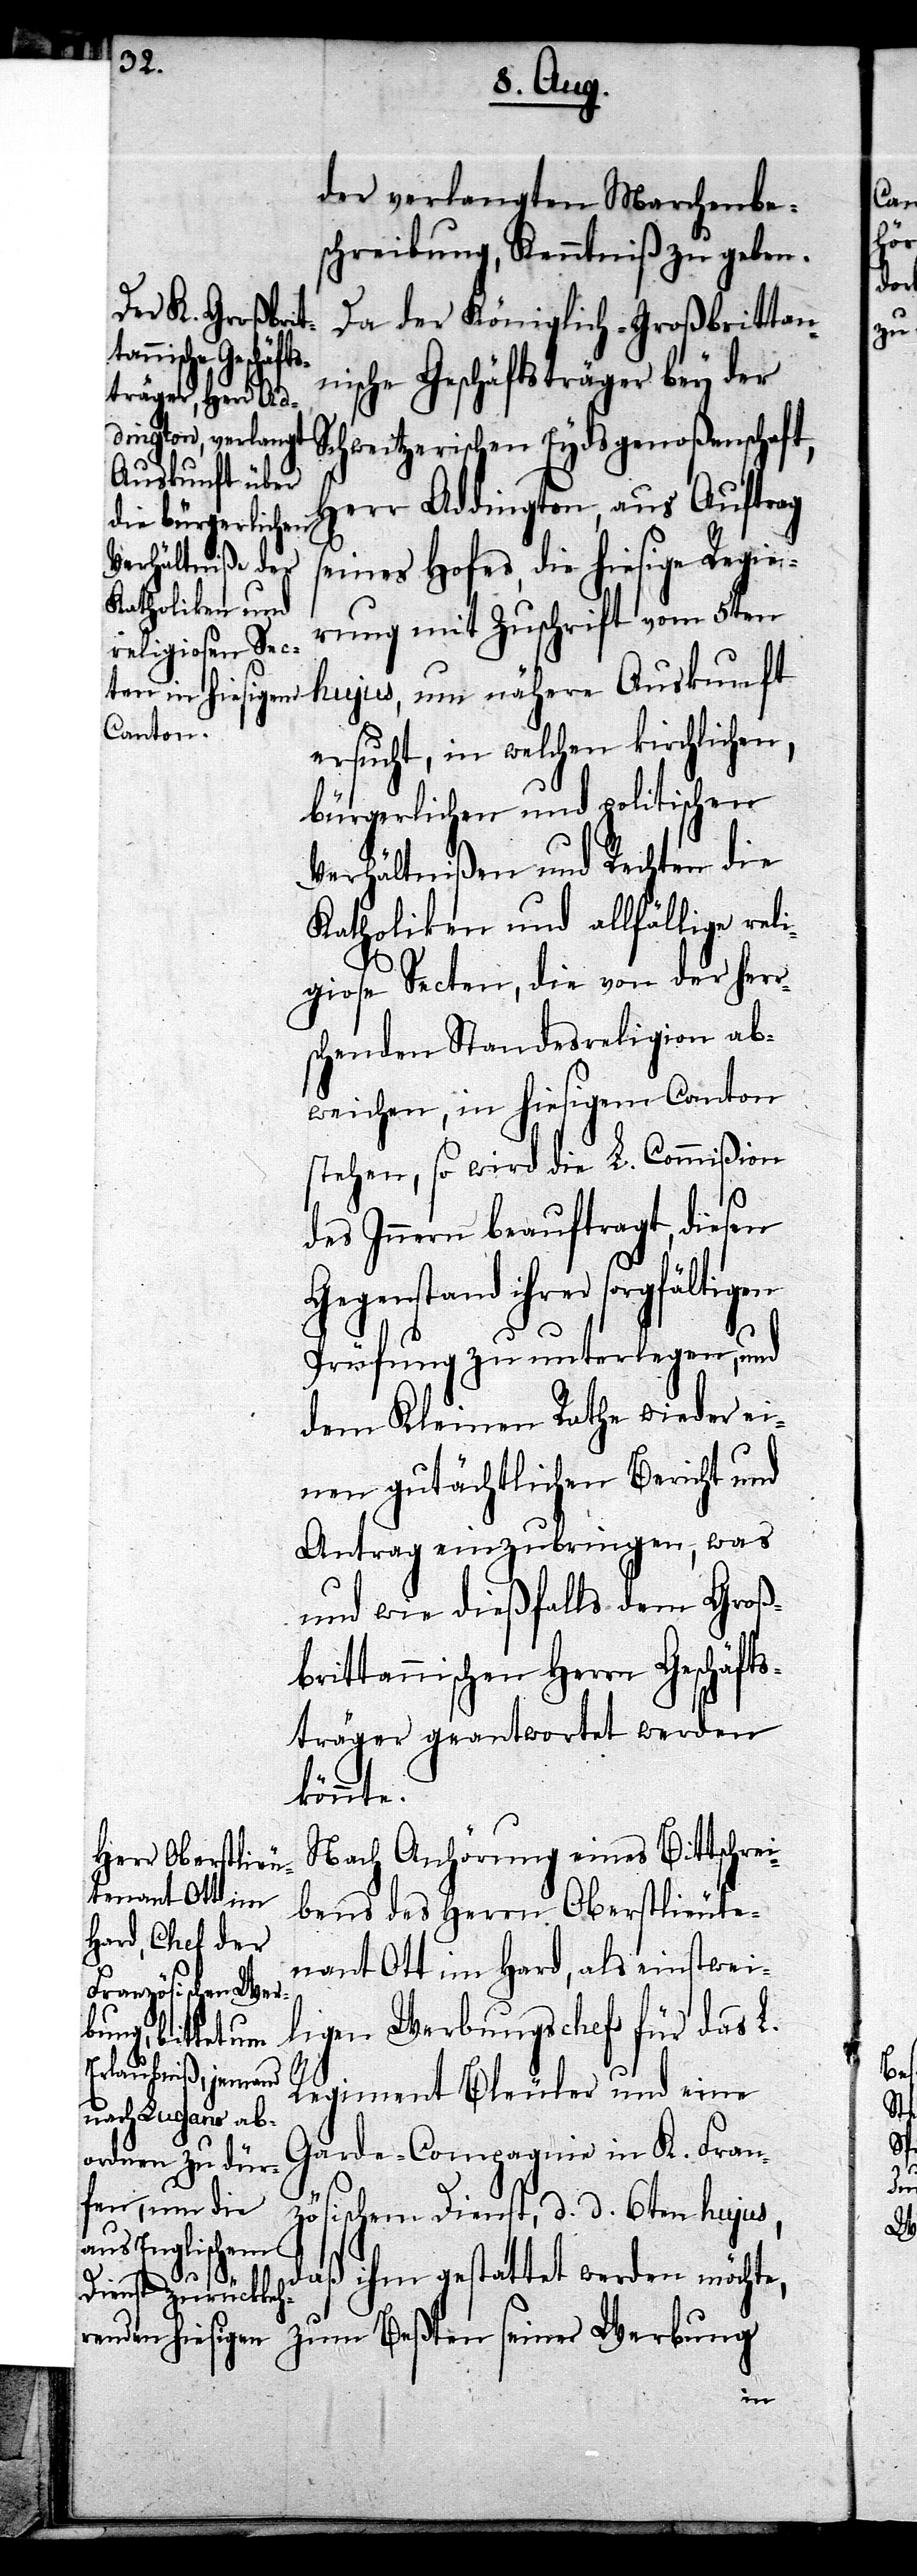
der verlangten Marchenbe¬
schreibung, Kenntniß zu geben.
Da der Königlich-Großbrittan¬
nische Geschäftsträger bey der
Schweitzerischen Eydsgenoßenschaft,
Herr Addington, aus Auftrag
seines Hofes, die hiesige Regie¬
rung mit Zuschrift vom 5ten
hujus, um nähere Auskunft
ersucht, in welchen kirchlichen,
bürgerlichen und politischen
Verhältnißen und Rechten die
Katholiken und allfällige reli¬
giose Secten, die von der herr¬
schenden Standesreligion ab¬
weichen, in hiesigem Canton
stehen, so wird die L. Commißion
des Innern beauftragt, diesen
Gegenstand ihrer sorgfältigen
Prüfung zu unterlegen, und
dem Kleinen Rathe wieder ei¬
nen gutächtlichen Bericht und
Antrag einzubringen, was
und wie dießfalls dem Groß¬
brittannischen Herrn Geschäfts¬
träger geantwortet werden
könnte.
Nach Anhörung eines Bittschrei¬
bens des Herrn Oberstlieute¬
nant Ott im Hard, als einstwei¬
ligen Werbungschef für das L.
Regiment Bleuler und eine
Garde-Compagnie in K. Fran¬
zösischem Dienst, d. d. 6ten hujus,
daß ihm gestattet werden möchte,
zum Beßten seiner Werbung,